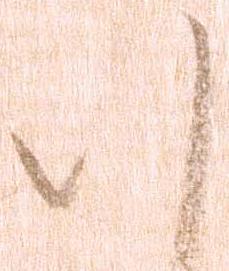
謹